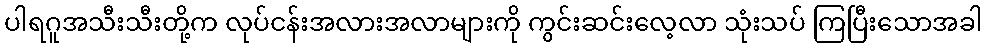
ပါရဂူအသီးသီးတို့က လုပ်ငန်းအလားအလာများကို ကွင်းဆင်းလေ့လာ သုံးသပ် ကြပြီးသောအခါ